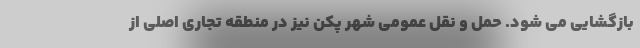
بازگشایی می شود. حمل و نقل عمومی شهر پکن نیز در منطقه تجاری اصلی از